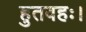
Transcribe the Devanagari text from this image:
हुतवहः।